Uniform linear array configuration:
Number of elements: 48
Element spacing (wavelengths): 1
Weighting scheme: hamming
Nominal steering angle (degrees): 45
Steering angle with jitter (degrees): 43.699
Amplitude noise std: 0.05
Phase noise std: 0.05

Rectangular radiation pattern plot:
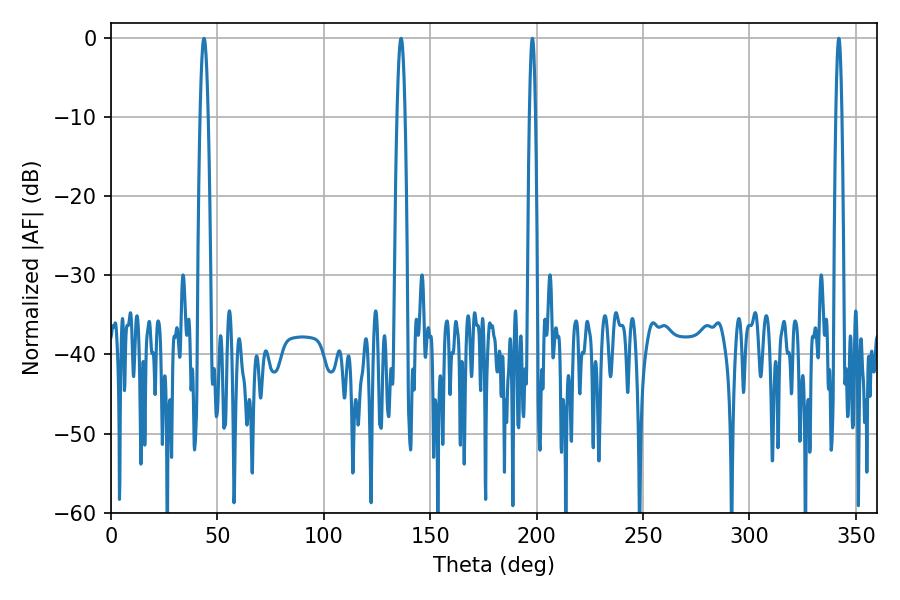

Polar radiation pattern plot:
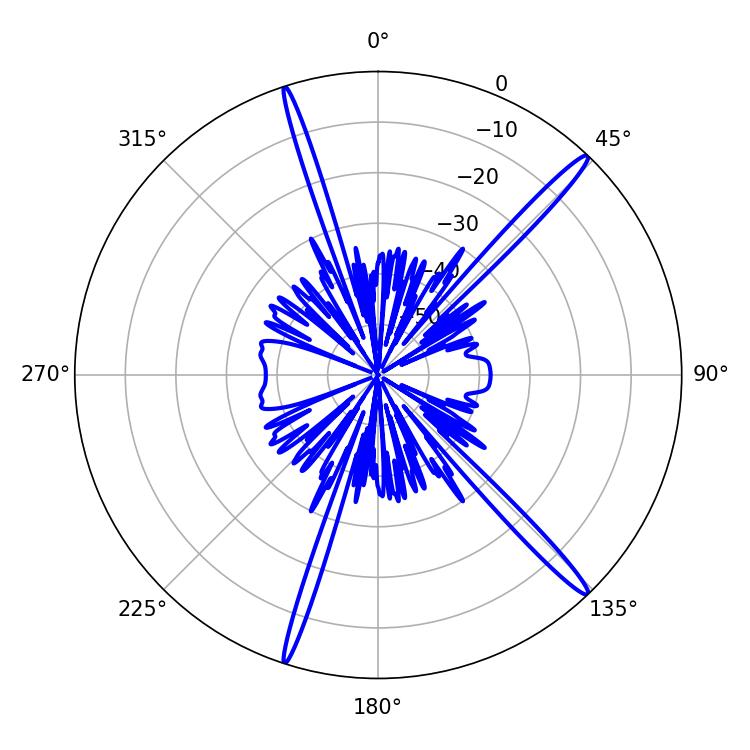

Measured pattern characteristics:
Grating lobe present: TRUE
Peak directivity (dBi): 17.392
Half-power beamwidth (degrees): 1.44
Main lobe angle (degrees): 342